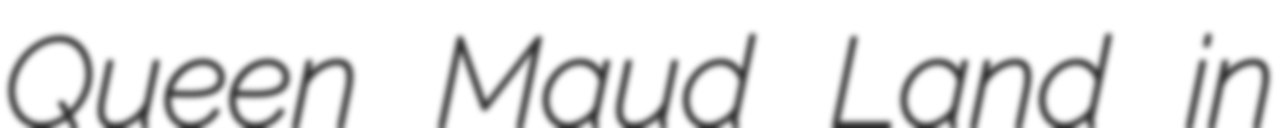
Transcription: Queen Maud Land in